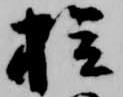
拾